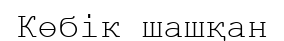
Көбік шашқан